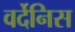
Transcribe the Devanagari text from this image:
वर्देनिस